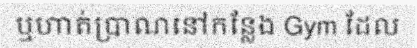
ឬហាត់ប្រាណនៅកន្លែង Gym ដែល